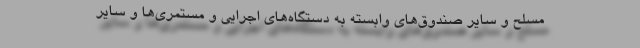
مسلح و سایر صندوق‌های وابسته به دستگاه‌های اجرایی و مستمری‌ها و سایر